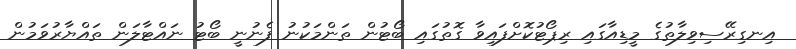
އިނގިރޭސިވިލާތުގެ މީޑިއާގައި ރިޕޯޓުކޮށްފައިވާ ގޮތުގައި ބޯޓުން ތަންމަކުނު ފެނުނީ ބޯޓު ނައްޓާލަން ތައްޔާރުވަމުން